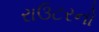
રાઉટરનો